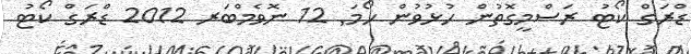
ޑްރަގް ކޯޓު ރަސްމީގޮތުން ހުޅުވުން ހޯމަ